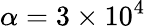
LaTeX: \alpha=3\times 10^{4}